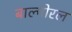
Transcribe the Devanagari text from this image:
बाल्मोरल